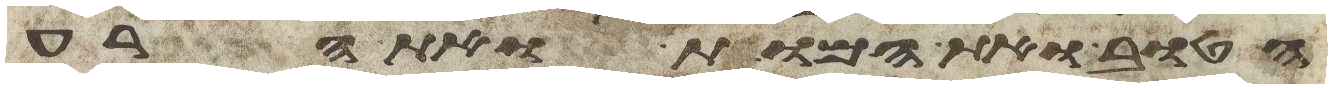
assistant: הטוב ואת המות ואת הרע